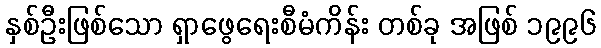
နှစ်ဦးဖြစ်သော ရှာဖွေရေးစီမံကိန်း တစ်ခု အဖြစ် ၁၉၉၆